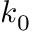
k _ { 0 }